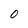
Character: O